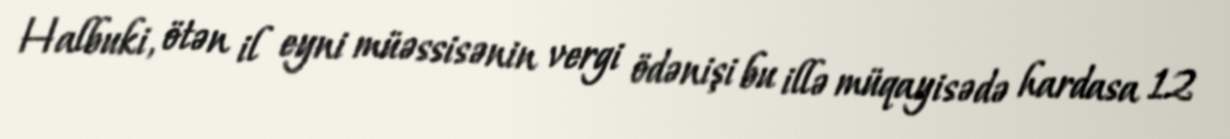
Halbuki, ötən il eyni müəssisənin vergi ödənişi bu illə müqayisədə hardasa 12